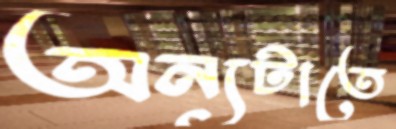
অন্যটাতে